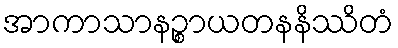
အာကာသာနဉ္စာယတနနိဿိတံ